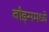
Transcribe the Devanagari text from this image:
बाँड्समध्ये